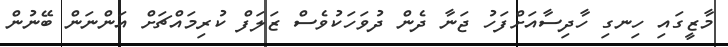
މާޒީގައި ހިނގި ހާދިސާއަށްފަހު ޖަނާ ދެން ދުވަހަކުވެސް ޒަލަފް ކުރިމައްޗަށް އަންނަން ބޭނުން